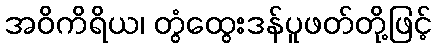
အဝိကိရိယ၊ တွံထွေးဒန်ပူဖတ်တို့ဖြင့်